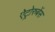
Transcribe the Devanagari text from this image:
ऐट्रोरुबेंस